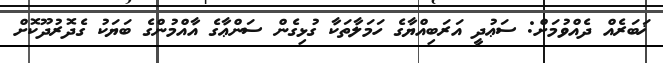
ޚަބަރެއް ދެއްވުމަށް: ސަޢުދީ އަރަބިއްޔާގެ ހަމަލާތަކާ ގުޅިގެން ސަންޢާގެ އާއްމުންގެ ބަޔަކު ގެދޮރުދޫކޮށް